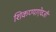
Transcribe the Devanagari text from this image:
शिकण्याऐवजी